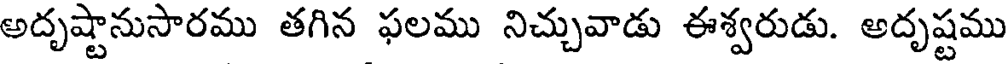
అదృష్టానుసారము తగిన ఫలము నిచ్చువాడు ఈశ్వరుడు. అదృష్టము